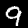
Label: 9